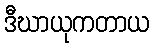
ဒီဃာယုကတာယ